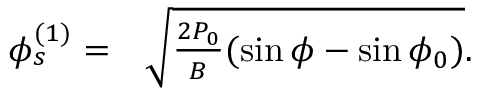
\begin{array} { r l } { \phi _ { s } ^ { ( 1 ) } = } & { { } \sqrt { \frac { 2 P _ { 0 } } { B } ( \sin \phi - \sin \phi _ { 0 } ) } . } \end{array}